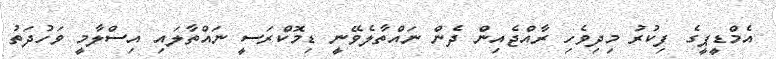
އެމްޑީޕީގެ ފިކުރު މިދިވެހި ރާއްޖެއިން ދެން ނައްތާލެވޭނީ ޑިމޮކްރަސީ ނައްތާލައި އިސްލާމީ ވަހުދަތު